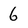
Character: 6